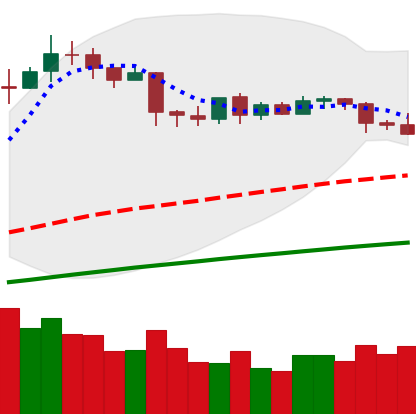
Ticker: LTC-USD
Chart end date: 2019-04-23
Forward return: -6.838%
Label: down_5_7